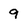
Character: 9